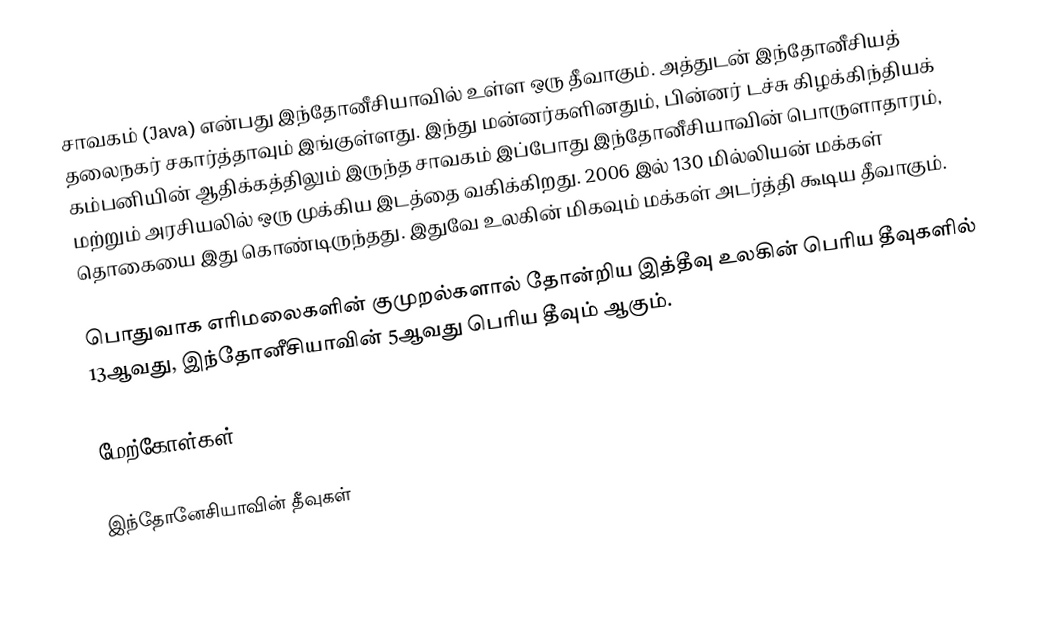
சாவகம் (Java) என்பது இந்தோனீசியாவில் உள்ள ஒரு தீவாகும். அத்துடன் இந்தோனீசியத் தலைநகர் சகார்த்தாவும் இங்குள்ளது. இந்து மன்னர்களினதும், பின்னர் டச்சு கிழக்கிந்தியக் கம்பனியின் ஆதிக்கத்திலும் இருந்த சாவகம் இப்போது இந்தோனீசியாவின் பொருளாதாரம், மற்றும் அரசியலில் ஒரு முக்கிய இடத்தை வகிக்கிறது. 2006 இல் 130 மில்லியன் மக்கள் தொகையை இது கொண்டிருந்தது. இதுவே உலகின் மிகவும் மக்கள் அடர்த்தி கூடிய தீவாகும்.

பொதுவாக எரிமலைகளின் குமுறல்களால் தோன்றிய இத்தீவு உலகின் பெரிய தீவுகளில் 13ஆவது, இந்தோனீசியாவின் 5ஆவது பெரிய தீவும் ஆகும்.

மேற்கோள்கள்

இந்தோனேசியாவின் தீவுகள்